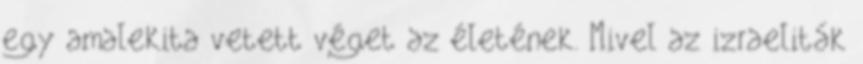
egy amalekita vetett véget az életének. Mivel az izraeliták